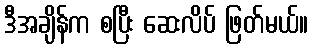
ဒီအချိန်က စပြီး ဆေးလိပ် ဖြတ်မယ်။